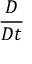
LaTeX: \frac { D } { D t }